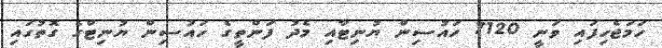
ހަމަޖެހިފައި ވަނީ 7120 ހައުސިން ޔުނިޓާއި މެދު ފަންތީގެ ހައުސިން ޔުނިޓްގެ ގޮތުގައި